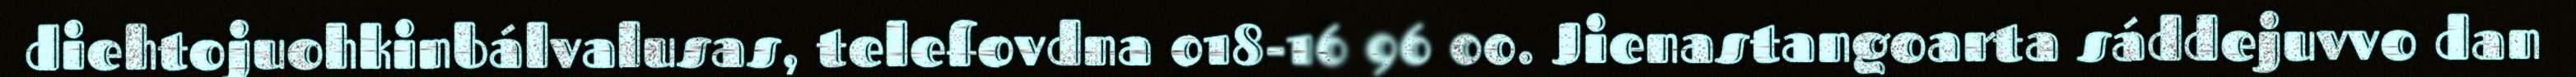
diehtojuohkinbálvalusas, telefovdna 018-16 96 00. Jienastangoarta sáddejuvvo dan